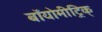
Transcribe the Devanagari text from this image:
बॉयोमीट्रिक्